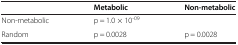
|  | Metabolic | Non-metabolic |
 | --- | --- | --- |
 | Non-metabolic | p = 1.0 × 10-09 |  |
 | Random | p = 0.0028 | p = 0.0028 |